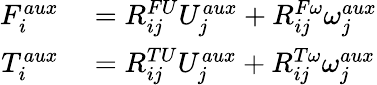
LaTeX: \begin{array}{rl}{F_{i}^{aux}}&{{}=R_{ij}^{FU}U_{j}^{aux}+R_{ij}^{F\omega}\omega_{j}^{aux}}\\ {T_{i}^{aux}}&{{}=R_{ij}^{TU}U_{j}^{aux}+R_{ij}^{T\omega}\omega_{j}^{aux}}\end{array}